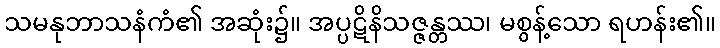
သမနုဘာသနံကံ၏ အဆုံး၌။ အပ္ပဋိနိသဇ္ဇန္တဿ၊ မစွန့်သော ရဟန်း၏။